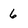
Character: 6